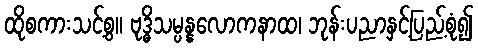
ထိုစကားသင့်စွ။ ဗုဒ္ဓိသမ္ပန္နလောကနာထ၊ ဘုန်းပညာနှင့်ပြည့်စုံ၍